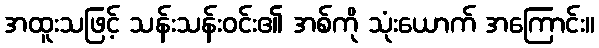
အထူးသဖြင့် သန်းသန်းဝင်း၏ အစ်ကို သုံးယောက် အကြောင်း။